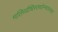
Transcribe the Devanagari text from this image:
मतिर्व्यधिस्तथोन्मदस्तथा